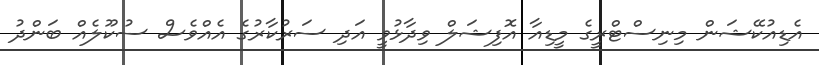
އެޑިއުކޭޝަން މިނިސްޓްރީގެ މީޑިއާ އޮފިޝަލް ވިދާޅުވީ އަދި ސަރުކާރުގެ އެއްވެސް ސުކޫލެއް ބަންދު